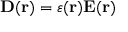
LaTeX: \mathbf { D ( r ) } = \varepsilon ( \mathbf { r } ) \mathbf { E ( r ) }